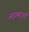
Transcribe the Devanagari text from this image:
आइडब्लूआई